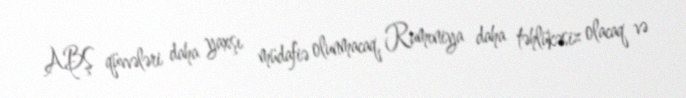
ABŞ qüvvələri daha yaxşı müdafiə olunmacaq, Rumıniya daha təhlükəsiz olacaq və